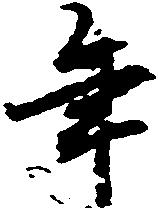
年